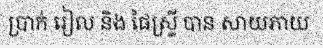
ប្រាក់ រៀល និង ផៃស្ទ្រី បាន សាយភាយ